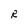
Character: R